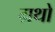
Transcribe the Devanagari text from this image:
ग्रथो